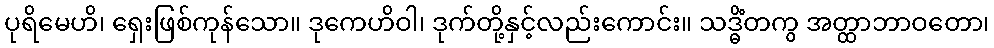
ပုရိမေဟိ၊ ရှေးဖြစ်ကုန်သော။ ဒုကေဟိဝါ၊ ဒုက်တို့နှင့်လည်းကောင်း။ သဒ္ဓိံတကွ အတ္ထာဘာဝတော၊